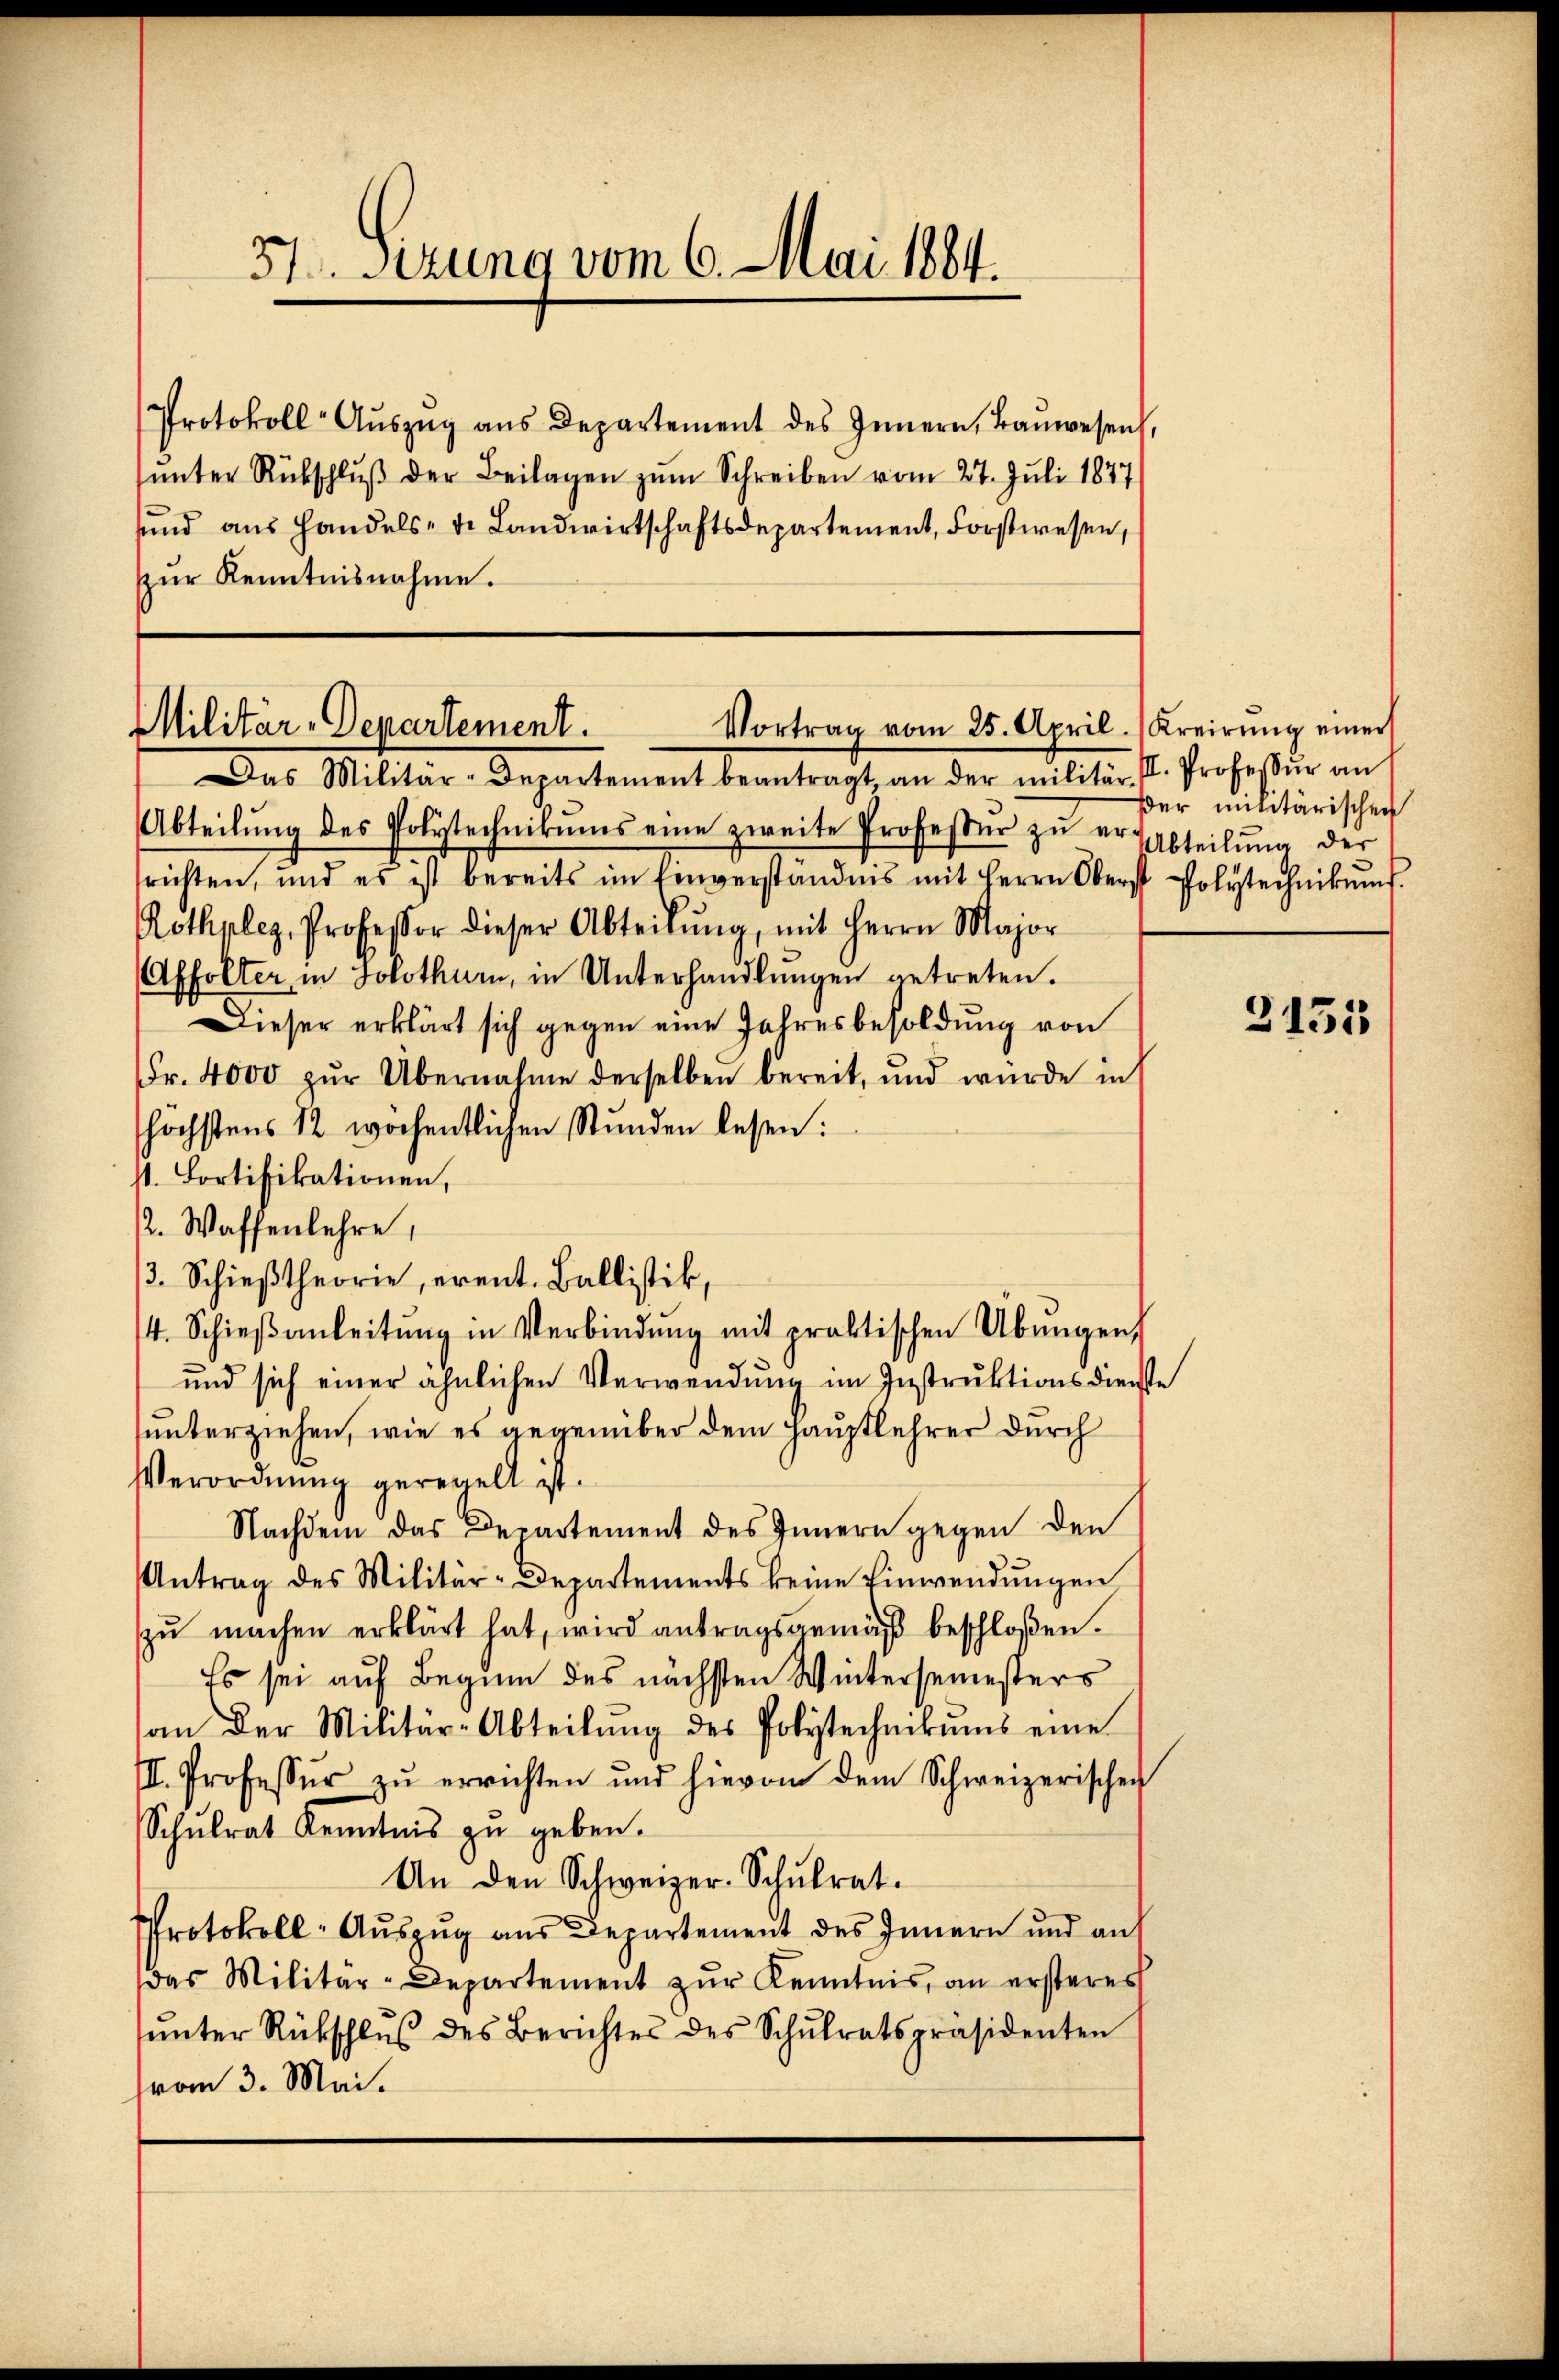
31. Sezung vom 6. Mai 1884.

Protokoll-Aŭszŭg ans Departement des Innern, Baŭwesen,
ŭnter Rückschlŭβ der Beilagen zum Schreiben vom 27. Juli 1877
sŭnd ans Handels- u. Landwirtschaftsdepartement, Forstwesen,
ŭr Kenntnisnahme.

Militär-Departement.
Vortrag vom 25. April. (Kreirŭng einer

Das Militär-Departement beantragt, an der militär- II. Professŭr an
Abteilŭng des Polytechnikums eine zweite Professor zu er Abteilŭng der
richten, und es ist bereits im Einverständnis mit Herrn Oberst Polytechnikums
Rothplez, Professor dieser Abteilŭng, mit Herrn Major
Affolter in Solothurn, in Unterhandlŭngen getreten.
Dieser erklärt sich gegen eine Jahresbesoldung von
Fr. 4000 zŭr Übernahme derselben bereit, und wurde in
höchstens 12 wöchentlichen Stunden lesen:
st. Lortifikationen,
2. Waffenlehre,
3. Schieβtheorie, erent. Ballistik,
4. Schieβanleitŭng in Verbindŭng mit praktischen Übungen,
und sich einer ähnlichen Verwendung im Instruktionsdienste
unterziehen, wie es gegenüber dem Hauptlehrer durch
Verordnung geregelt ist.
Nachdem das Departement des Innern gegen den
Antrag des Militär-Departements keine Einwendungen
zŭ machen erklärt hat, wird antragsgemäβ beschloßen.
Es sei auf Beginn des nächsten Wintersemesters
an der Militär-Abteilŭng des Polytechnikums eine
I. Professŭr zŭ errichten und hievon dem Schweizerischen
Schŭlrat Kenntnis zu geben.
An den Schweizer-Schŭlrat.
Protokoll- Aŭszŭg aŭs Departement des Innern und auf
das Militär-Departement zur Kenntnis, an ersteres
ŭnter Rückschlŭβ des Berichtes des Schŭlratspräsidenten
vom 3. Mai.

Der militärischen

3151